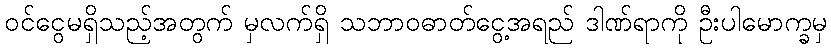
ဝင်ငွေမရှိသည့်အတွက် မှလက်ရှိ သဘာဝဓာတ်ငွေ့အရည် ဒါဏ်ရာကို ဦးပါမောက္ခမှ